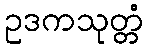
ဥဒကသုတ္တံ